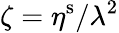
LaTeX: \zeta=\eta^{\mathrm{s}}/\lambda^{2}